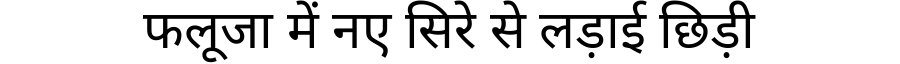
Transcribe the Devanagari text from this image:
फलूजा में नए सिरे से लड़ाई छिड़ी